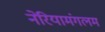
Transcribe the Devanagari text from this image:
नेरियामंगलम